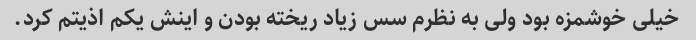
خیلی خوشمزه بود ولی به نظرم سس زیاد ریخته بودن و اینش یکم اذیتم کرد.